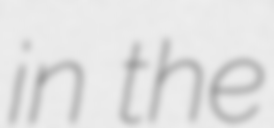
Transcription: in the